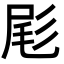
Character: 𫵞